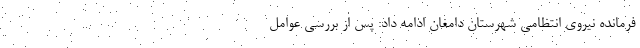
فرمانده نیروی انتظامی شهرستان دامغان ادامه داد: پس از بررسی عوامل